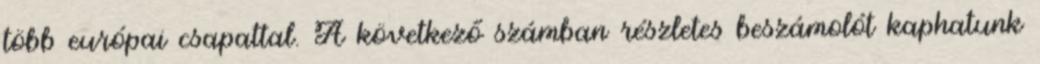
több európai csapattal. A következő számban részletes beszámolót kaphatunk